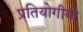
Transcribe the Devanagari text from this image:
प्रतियोगीयो